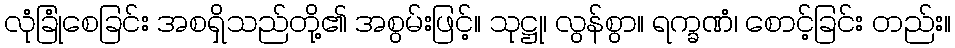
လုံခြုံစေခြင်း အစရှိသည်တို့၏ အစွမ်းဖြင့်။ သုဋ္ဌု၊ လွန်စွာ။ ရက္ခဏံ၊ စောင့်ခြင်း တည်း။